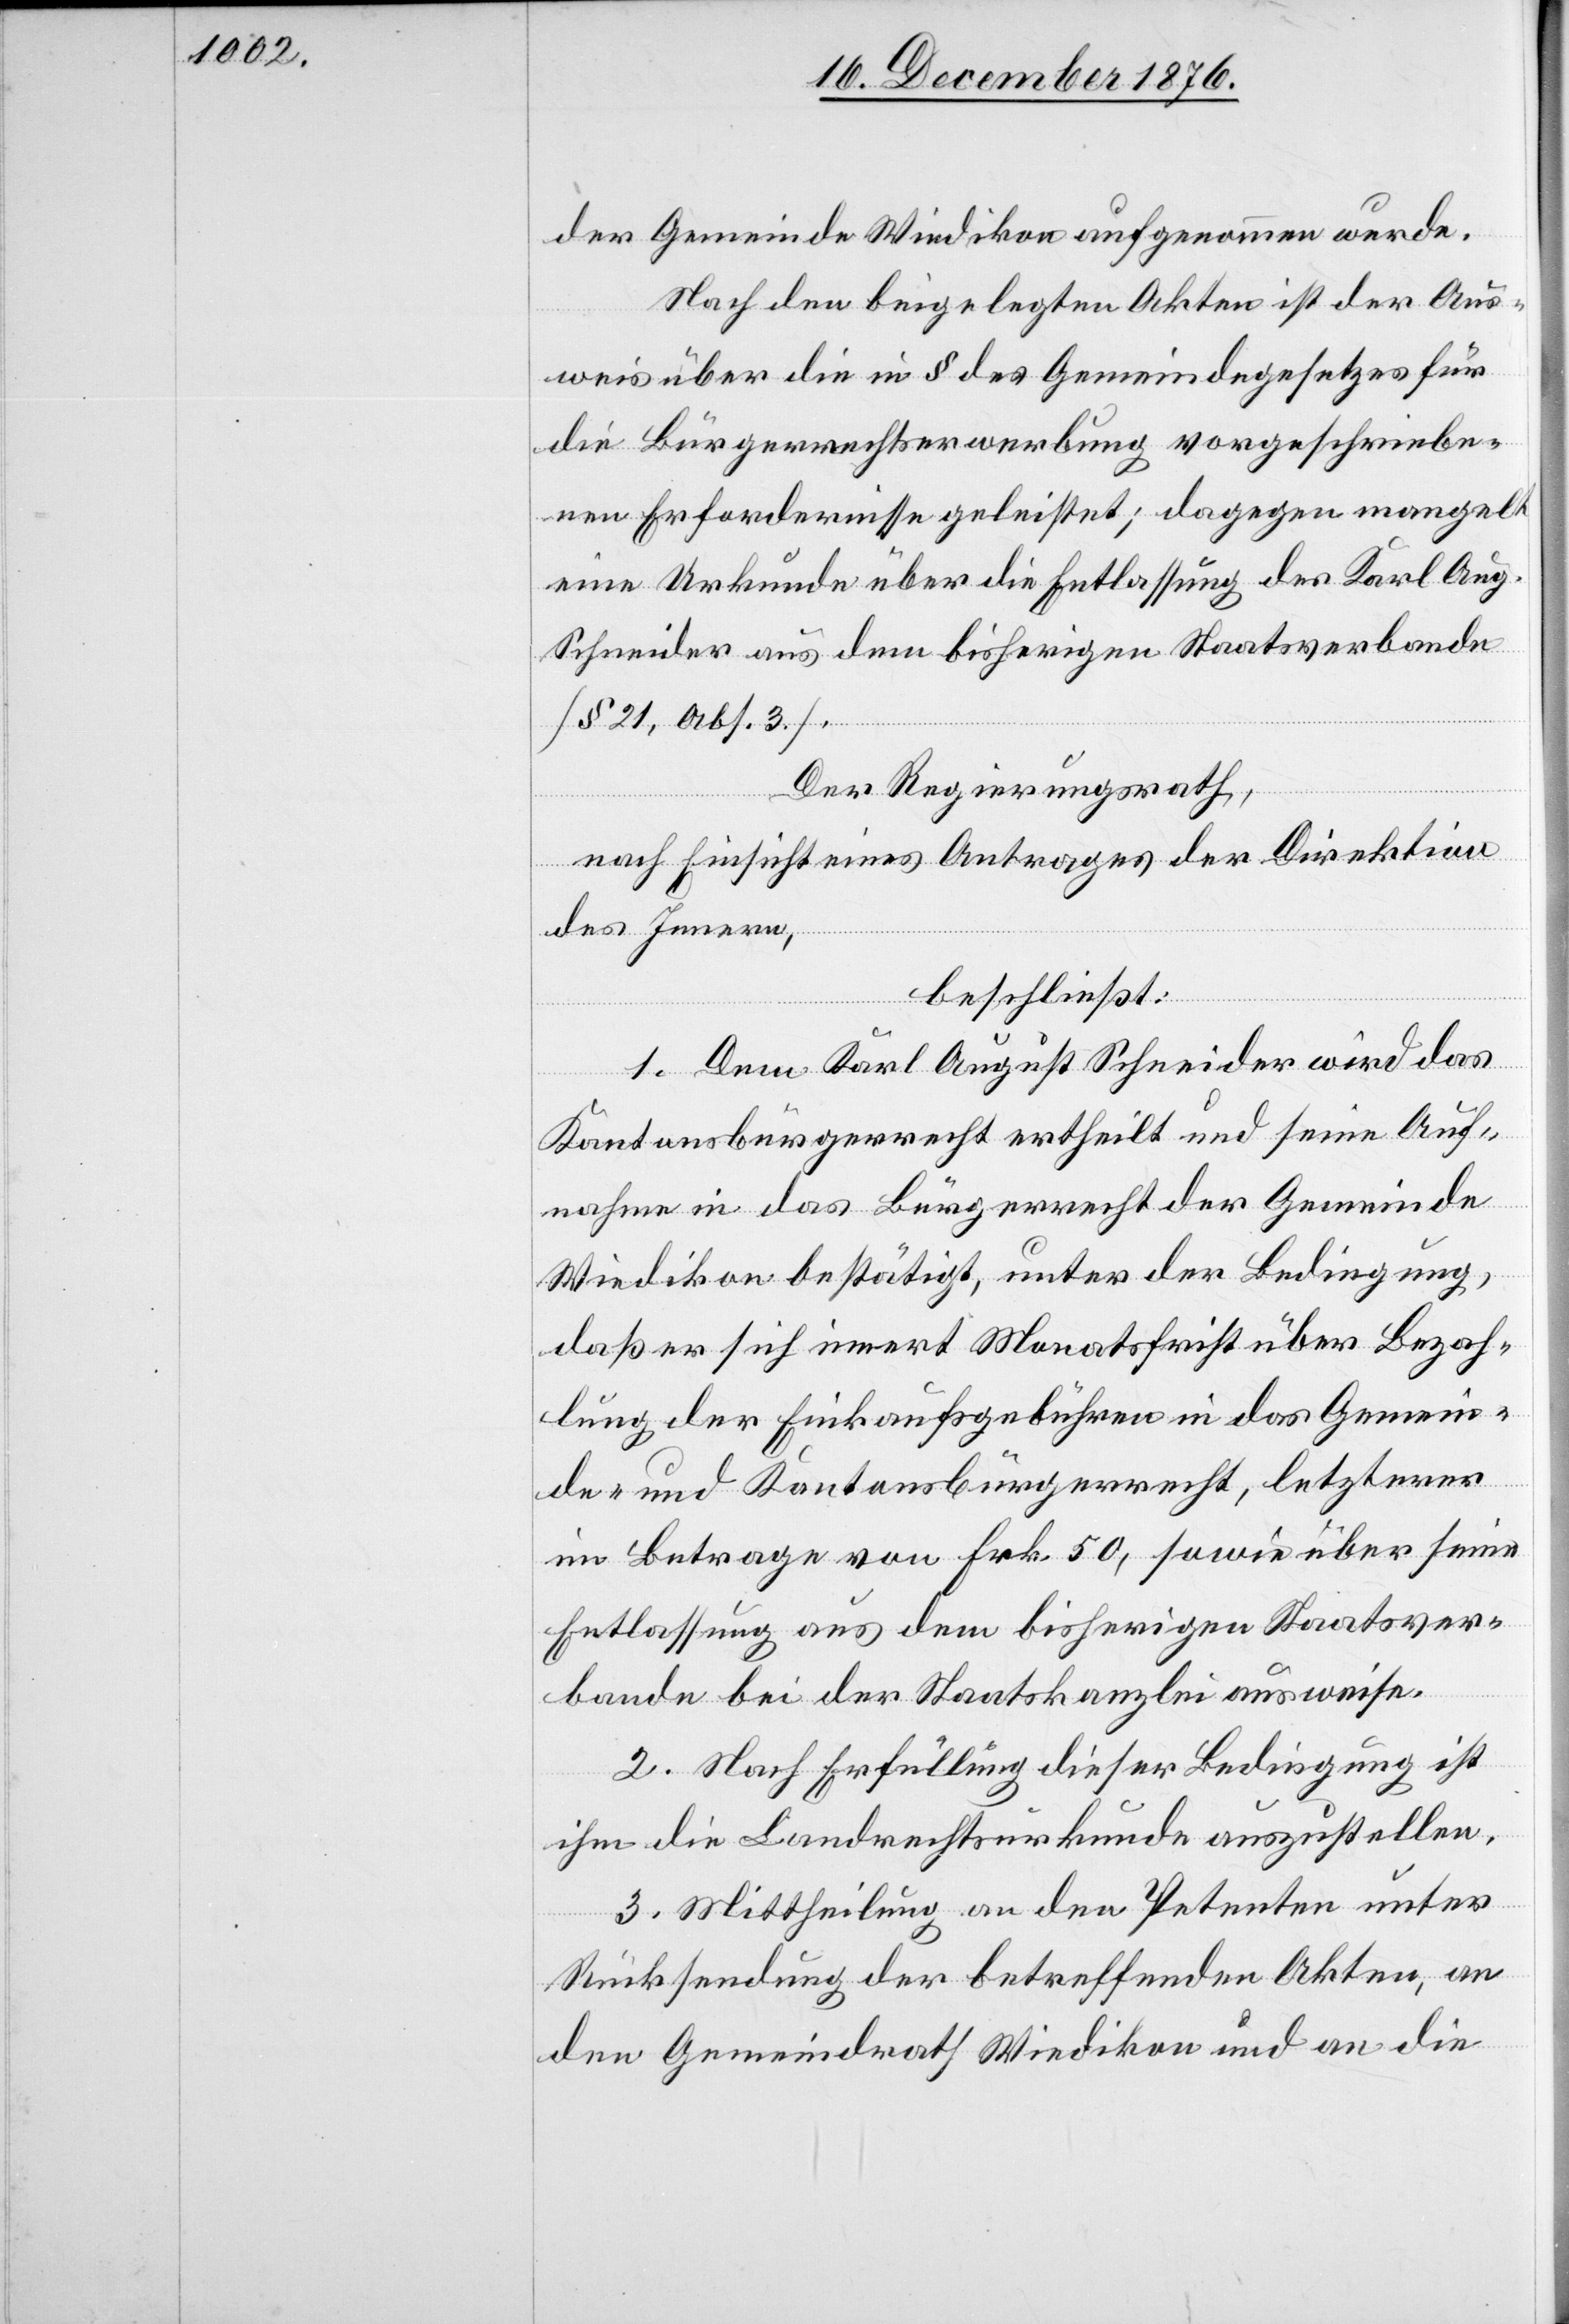
der Gemeinde Wiedikon aufgenommen wurde.
Nach den beigelegten Akten ist der Aus¬
weis über die in § [sic!] des Gemeindegesetzes für
die Bürgerrechtserwerbung vorgeschriebe¬
nen Erfordernisse geleistet; dagegen mangelt
eine Urkunde über die Entlassung des Karl Aug.
Schneider aus dem bisherigen Staatsverbande
[§ 21, Abs. 3].
Der Regierungsrath,
nach Einsicht eines Antrages der Direktion
des Innern,
beschließt:
1. Dem Karl August Schneider wird das
Kantonsbürgerrecht ertheilt und seine Auf¬
nahme in das Bürgerrecht der Gemeinde
Wiedikon bestätigt, unter der Bedingung,
daß er sich innert Monatsfrist über Bezah¬
lung der Einkaufsgebühren in das Gemein¬
de- und Kantonsbürgerrecht, letzterer
im Betrage von Frk. 50, sowie über seine
Entlassung aus dem bisherigen Staatsver¬
bande bei der Staatskanzlei ausweise.
2. Nach Erfüllung dieser Bedingung ist
ihm die Landrechtsurkunde auszustellen.
3. Mittheilung an den Petenten unter
Rücksendung der betreffenden Akten, an
den Gemeindrath Wiedikon und an die